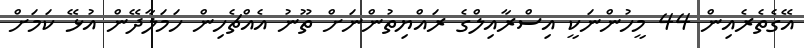
އޭގެތެރެއިން 44 މީހުންނަކީ އިސްރާއިލްގެ ރައްޔިތުންނަށް ތޫނު އެއްޗެހިން ހަމަލާދޭން އުޅޭ ކަމަށް